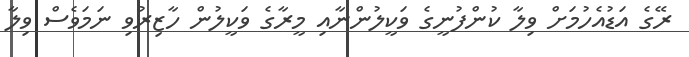
ރޭގެ އަޑުއެހުމަށް ވިލާ ކުންފުނީގެ ވަކީލުންނާއި މީރާގެ ވަކީލުން ހާޒިރުވި ނަމަވެސް ވިލާ